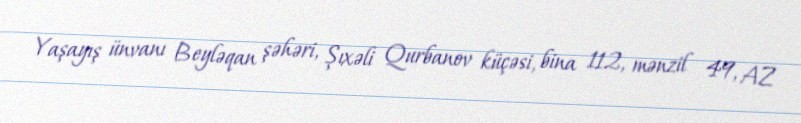
Yaşayış ünvanı Beyləqan şəhəri, Şıxəli Qurbanov küçəsi, bina 112, mənzil 49, AZ